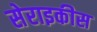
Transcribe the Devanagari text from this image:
सेराइकीस